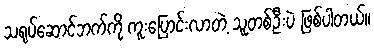
သရုပ်ဆောင်ဘက်ကို ကူးပြောင်းလာတဲ့ သူတစ်ဦးပဲ ဖြစ်ပါတယ်။